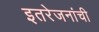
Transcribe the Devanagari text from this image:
इतरेजनांची